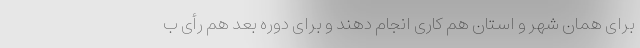
برای همان شهر و استان هم کاری انجام دهند و برای دوره بعد هم رأی ب